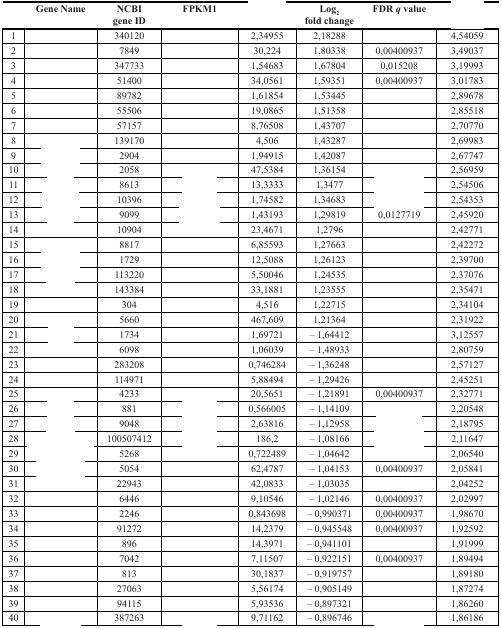
<table><thead><tr><td>[EMPTY_CELL]</td><td><b>Gene Name</b></td><td><b>NCBI gene ID</b></td><td><b>FPKM1</b></td><td>[EMPTY_CELL]</td><td><b>Log<sub>2</sub> fold change</b></td><td><b>FDR <i>q</i> value</b></td><td>[EMPTY_CELL]</td></tr></thead><tbody><tr><td>1</td><td>[EMPTY_CELL]</td><td>340120</td><td>[EMPTY_CELL]</td><td>2,34955</td><td>2,18288</td><td>[EMPTY_CELL]</td><td>4,54059</td></tr><tr><td>2</td><td>[EMPTY_CELL]</td><td>7849</td><td>[EMPTY_CELL]</td><td>30,224</td><td>1,80338</td><td>0,00400937</td><td>3,49037</td></tr><tr><td>3</td><td>[EMPTY_CELL]</td><td>347733</td><td>[EMPTY_CELL]</td><td>1,54683</td><td>1,67804</td><td>0,015208</td><td>3,19993</td></tr><tr><td>4</td><td>[EMPTY_CELL]</td><td>51400</td><td>[EMPTY_CELL]</td><td>34,0561</td><td>1,59351</td><td>0,00400937</td><td>3,01783</td></tr><tr><td>5</td><td>[EMPTY_CELL]</td><td>89782</td><td>[EMPTY_CELL]</td><td>1,61854</td><td>1,53445</td><td>[EMPTY_CELL]</td><td>2,89678</td></tr><tr><td>6</td><td>[EMPTY_CELL]</td><td>55506</td><td>[EMPTY_CELL]</td><td>19,0865</td><td>1,51358</td><td>[EMPTY_CELL]</td><td>2,85518</td></tr><tr><td>7</td><td>[EMPTY_CELL]</td><td>57157</td><td>[EMPTY_CELL]</td><td>8,76508</td><td>1,43707</td><td>[EMPTY_CELL]</td><td>2,70770</td></tr><tr><td>8</td><td>[EMPTY_CELL]</td><td>139170</td><td>[EMPTY_CELL]</td><td>4,506</td><td>1,43287</td><td>[EMPTY_CELL]</td><td>2,69983</td></tr><tr><td>9</td><td>[EMPTY_CELL]</td><td>2904</td><td>[EMPTY_CELL]</td><td>1,94915</td><td>1,42087</td><td>[EMPTY_CELL]</td><td>2,67747</td></tr><tr><td>10</td><td>[EMPTY_CELL]</td><td>2058</td><td>[EMPTY_CELL]</td><td>47,5384</td><td>1,36154</td><td>[EMPTY_CELL]</td><td>2,56959</td></tr><tr><td>11</td><td>[EMPTY_CELL]</td><td>8613</td><td>[EMPTY_CELL]</td><td>13,3333</td><td>1,3477</td><td>[EMPTY_CELL]</td><td>2,54506</td></tr><tr><td>12</td><td>[EMPTY_CELL]</td><td>10396</td><td>[EMPTY_CELL]</td><td>1,74582</td><td>1,34683</td><td>[EMPTY_CELL]</td><td>2,54353</td></tr><tr><td>13</td><td>[EMPTY_CELL]</td><td>9099</td><td>[EMPTY_CELL]</td><td>1,43193</td><td>1,29819</td><td>0,0127719</td><td>2,45920</td></tr><tr><td>14</td><td>[EMPTY_CELL]</td><td>10904</td><td>[EMPTY_CELL]</td><td>23,4671</td><td>1,2796</td><td>[EMPTY_CELL]</td><td>2,42771</td></tr><tr><td>15</td><td>[EMPTY_CELL]</td><td>8817</td><td>[EMPTY_CELL]</td><td>6,85593</td><td>1,27663</td><td>[EMPTY_CELL]</td><td>2,42272</td></tr><tr><td>16</td><td>[EMPTY_CELL]</td><td>1729</td><td>[EMPTY_CELL]</td><td>12,5088</td><td>1,26123</td><td>[EMPTY_CELL]</td><td>2,39700</td></tr><tr><td>17</td><td>[EMPTY_CELL]</td><td>113220</td><td>[EMPTY_CELL]</td><td>5,50046</td><td>1,24535</td><td>[EMPTY_CELL]</td><td>2,37076</td></tr><tr><td>18</td><td>[EMPTY_CELL]</td><td>143384</td><td>[EMPTY_CELL]</td><td>33,1881</td><td>1,23555</td><td>[EMPTY_CELL]</td><td>2,35471</td></tr><tr><td>19</td><td>[EMPTY_CELL]</td><td>304</td><td>[EMPTY_CELL]</td><td>4,516</td><td>1,22715</td><td>[EMPTY_CELL]</td><td>2,34104</td></tr><tr><td>20</td><td>[EMPTY_CELL]</td><td>5660</td><td>[EMPTY_CELL]</td><td>467,609</td><td>1,21364</td><td>[EMPTY_CELL]</td><td>2,31922</td></tr><tr><td>21</td><td>[EMPTY_CELL]</td><td>1734</td><td>[EMPTY_CELL]</td><td>1,69721</td><td>– 1,64412</td><td>[EMPTY_CELL]</td><td>3,12557</td></tr><tr><td>22</td><td>[EMPTY_CELL]</td><td>6098</td><td>[EMPTY_CELL]</td><td>1,06039</td><td>– 1,48933</td><td>[EMPTY_CELL]</td><td>2,80759</td></tr><tr><td>23</td><td>[EMPTY_CELL]</td><td>283208</td><td>[EMPTY_CELL]</td><td>0,746284</td><td>– 1,36248</td><td>[EMPTY_CELL]</td><td>2,57127</td></tr><tr><td>24</td><td>[EMPTY_CELL]</td><td>114971</td><td>[EMPTY_CELL]</td><td>5,88494</td><td>– 1,29426</td><td>[EMPTY_CELL]</td><td>2,45251</td></tr><tr><td>25</td><td>[EMPTY_CELL]</td><td>4233</td><td>[EMPTY_CELL]</td><td>20,5651</td><td>– 1,21891</td><td>0,00400937</td><td>2,32771</td></tr><tr><td>26</td><td>[EMPTY_CELL]</td><td>881</td><td>[EMPTY_CELL]</td><td>0,566005</td><td>– 1,14109</td><td>[EMPTY_CELL]</td><td>2,20548</td></tr><tr><td>27</td><td>[EMPTY_CELL]</td><td>9048</td><td>[EMPTY_CELL]</td><td>2,63816</td><td>– 1,12958</td><td>[EMPTY_CELL]</td><td>2,18795</td></tr><tr><td>28</td><td>[EMPTY_CELL]</td><td>100507412</td><td>[EMPTY_CELL]</td><td>186,2</td><td>– 1,08166</td><td>[EMPTY_CELL]</td><td>2,11647</td></tr><tr><td>29</td><td>[EMPTY_CELL]</td><td>5268</td><td>[EMPTY_CELL]</td><td>0,722489</td><td>– 1,04642</td><td>[EMPTY_CELL]</td><td>2,06540</td></tr><tr><td>30</td><td>[EMPTY_CELL]</td><td>5054</td><td>[EMPTY_CELL]</td><td>62,4787</td><td>– 1,04153</td><td>0,00400937</td><td>2,05841</td></tr><tr><td>31</td><td>[EMPTY_CELL]</td><td>22943</td><td>[EMPTY_CELL]</td><td>42,0833</td><td>– 1,03035</td><td>[EMPTY_CELL]</td><td>2,04252</td></tr><tr><td>32</td><td>[EMPTY_CELL]</td><td>6446</td><td>[EMPTY_CELL]</td><td>9,10546</td><td>– 1,02146</td><td>0,00400937</td><td>2,02997</td></tr><tr><td>33</td><td>[EMPTY_CELL]</td><td>2246</td><td>[EMPTY_CELL]</td><td>0,843698</td><td>– 0,990371</td><td>0,00400937</td><td>1,98670</td></tr><tr><td>34</td><td>[EMPTY_CELL]</td><td>91272</td><td>[EMPTY_CELL]</td><td>14,2379</td><td>– 0,945548</td><td>0,00400937</td><td>1,92592</td></tr><tr><td>35</td><td>[EMPTY_CELL]</td><td>896</td><td>[EMPTY_CELL]</td><td>14,3971</td><td>– 0,941101</td><td>[EMPTY_CELL]</td><td>1,91999</td></tr><tr><td>36</td><td>[EMPTY_CELL]</td><td>7042</td><td>[EMPTY_CELL]</td><td>7,11507</td><td>– 0,922151</td><td>0,00400937</td><td>1,89494</td></tr><tr><td>37</td><td>[EMPTY_CELL]</td><td>813</td><td>[EMPTY_CELL]</td><td>30,1837</td><td>– 0,919757</td><td>[EMPTY_CELL]</td><td>1,89180</td></tr><tr><td>38</td><td>[EMPTY_CELL]</td><td>27063</td><td>[EMPTY_CELL]</td><td>5,56174</td><td>– 0,905149</td><td>[EMPTY_CELL]</td><td>1,87274</td></tr><tr><td>39</td><td>[EMPTY_CELL]</td><td>94115</td><td>[EMPTY_CELL]</td><td>5,93536</td><td>– 0,897321</td><td>[EMPTY_CELL]</td><td>1,86260</td></tr><tr><td>40</td><td>[EMPTY_CELL]</td><td>387263</td><td>[EMPTY_CELL]</td><td>9,71162</td><td>– 0,896746</td><td>[EMPTY_CELL]</td><td>1,86186</td></tr></tbody></table>